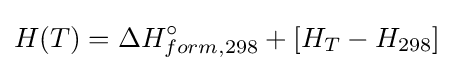
H(T)=\Delta H_{form,298}^{\circ }+[H_{T}-H_{298}]